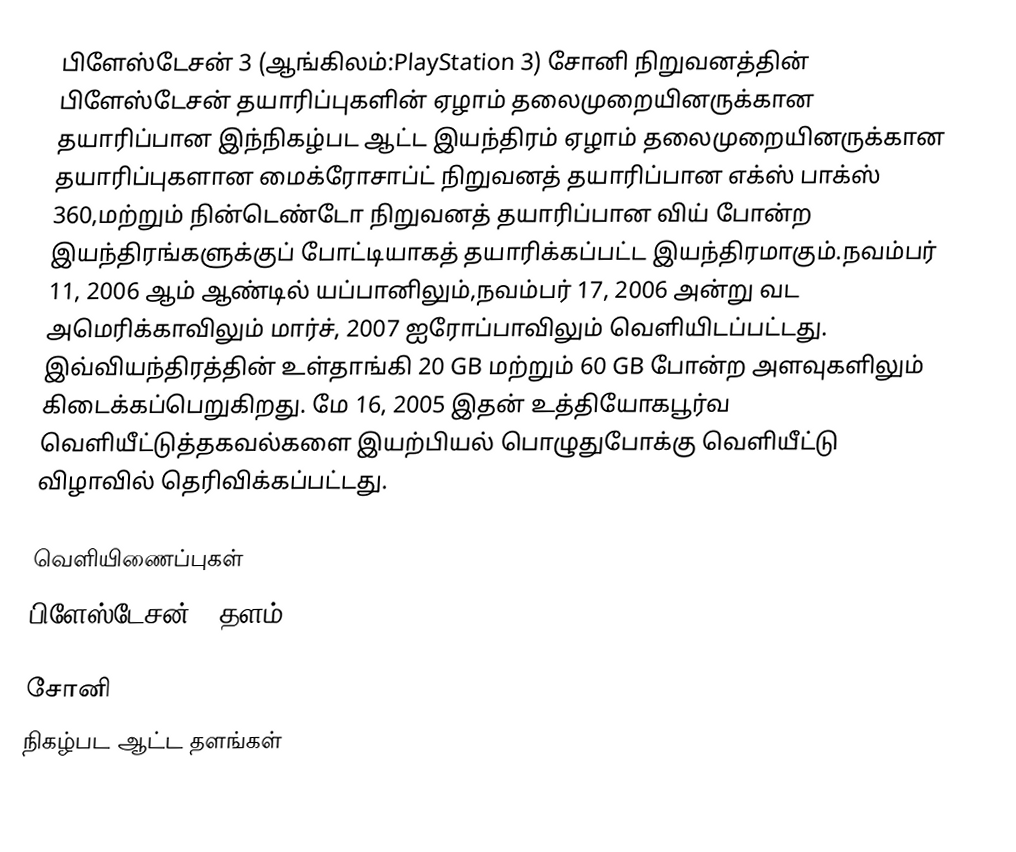
பிளேஸ்டேசன் 3 (ஆங்கிலம்:PlayStation 3) சோனி நிறுவனத்தின் பிளேஸ்டேசன் தயாரிப்புகளின் ஏழாம் தலைமுறையினருக்கான தயாரிப்பான இந்நிகழ்பட ஆட்ட இயந்திரம் ஏழாம் தலைமுறையினருக்கான தயாரிப்புகளான மைக்ரோசாப்ட் நிறுவனத் தயாரிப்பான எக்ஸ் பாக்ஸ் 360,மற்றும் நின்டெண்டோ நிறுவனத் தயாரிப்பான விய் போன்ற இயந்திரங்களுக்குப் போட்டியாகத் தயாரிக்கப்பட்ட இயந்திரமாகும்.நவம்பர் 11, 2006 ஆம் ஆண்டில் யப்பானிலும்,நவம்பர் 17, 2006 அன்று வட அமெரிக்காவிலும் மார்ச், 2007 ஐரோப்பாவிலும் வெளியிடப்பட்டது. இவ்வியந்திரத்தின் உள்தாங்கி 20 GB மற்றும் 60 GB போன்ற அளவுகளிலும் கிடைக்கப்பெறுகிறது. மே 16, 2005 இதன் உத்தியோகபூர்வ வெளியீட்டுத்தகவல்களை இயற்பியல் பொழுதுபோக்கு வெளியீட்டு விழாவில் தெரிவிக்கப்பட்டது.

வெளியிணைப்புகள்
 பிளேஸ்டேசன் 3 தளம்

சோனி
நிகழ்பட ஆட்ட தளங்கள்